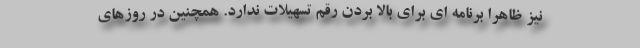
نیز ظاهرا برنامه ای برای بالا بردن رقم تسهیلات ندارد. همچنین در روزهای